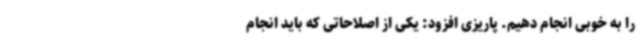
را به خوبی انجام دهیم. پاریزی افزود: یکی از اصلاحاتی که باید انجام